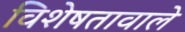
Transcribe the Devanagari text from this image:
विशेषतावाले